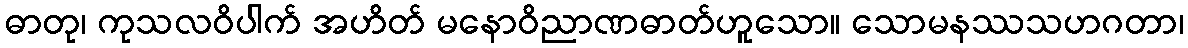
ဓာတု၊ ကုသလဝိပါက် အဟိတ် မနောဝိညာဏဓာတ်ဟူသော။ သောမနဿသဟဂတာ၊